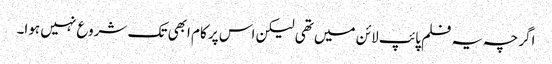
اگرچہ یہ فلم پائپ لائن میں تھی لیکن اس پر کام ابھی تک شروع نہیں ہوا۔